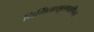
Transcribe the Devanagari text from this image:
निर्मिताःशूलपाणिना